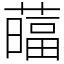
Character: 䕎